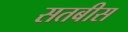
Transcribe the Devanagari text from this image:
सतबीस